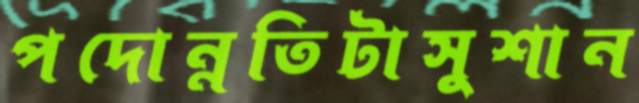
পদোন্নতিটাসুশান